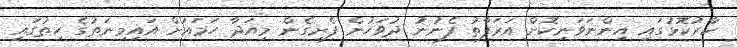
ކާރުކޮޅުގައި އިންނަވަނިކޮށް އަރަފާތު ފެނުނު ދުވަހުން ފެށިގެން މިއަދާ ހަމައަށް އައިމިނަތުގެ ހިތުގައި